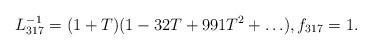
LaTeX: \begin{align*} L_{317}^{-1}=(1+T) (1-32T+991T^2+\ldots), f_{317}=1.\end{align*}